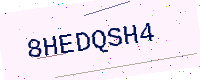
Text: 8HEDQSH4